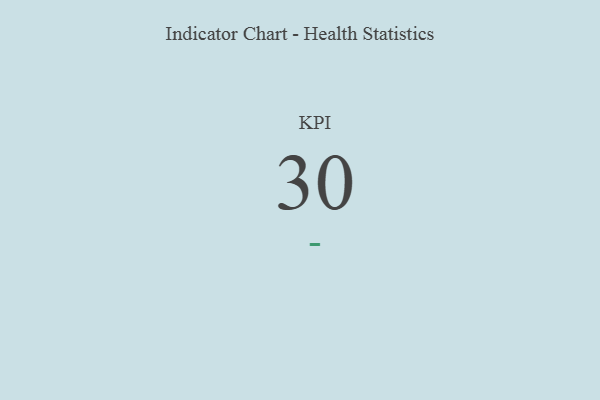
{"axis": {"x": "KPI", "y": "Value"}, "legend": [""], "data": [{"x": "KPI", "y": 30, "type": ""}]}